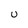
Character: U